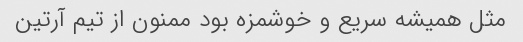
مثل همیشه سریع و خوشمزه بود ممنون از تیم آرتین